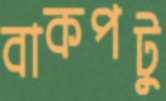
বাকপটু